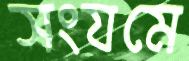
সংযমে